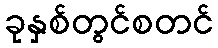
ခုနှစ်တွင်စတင်